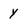
Character: y